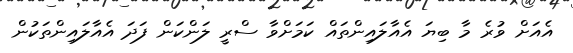
އެއަށް ވުރެ މާ ބިޔަ އެއާލައިންތައް ކަމަށްވާ ސްރީ ލަންކަން ފަދަ އެއާލައިންތަކުން